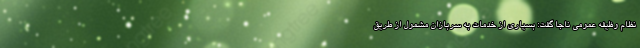
نظام وظیفه عمومی ناجا گفت: بسیاری از خدمات به سربازان مشمول از طریق